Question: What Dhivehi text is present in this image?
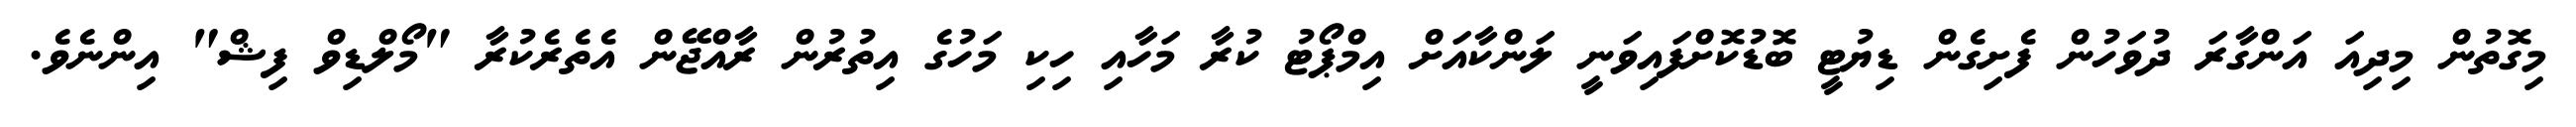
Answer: މިގޮތުން މިދިއަ އަންގާރަ ދުވަހުން ފެށިގެން ޑިޔުޓީ ބޮޑުކޮށްފައިވަނީ ލަންކާއަށް އިމްޕޯޓު ކުރާ މަހާއި ހިކި މަހުގެ އިތުރުން ރާއްޖޭން އެތެރެކުރާ "މޯލްޑިވް ފިޝް" އިންނެވެ.